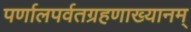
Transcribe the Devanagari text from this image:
पर्णालपर्वतग्रहणाख्यानम्